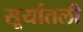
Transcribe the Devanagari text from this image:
सूर्यातली